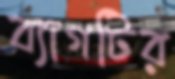
ব্যাগটির